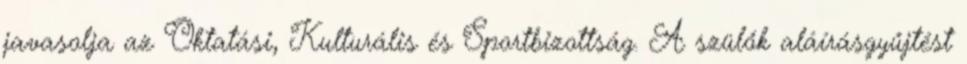
javasolja az Oktatási, Kulturális és Sportbizottság. A szülők aláírásgyűjtést